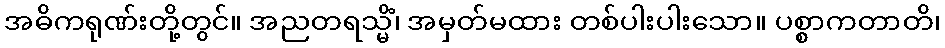
အဓိကရုဏ်းတို့တွင်။ အညတရသ္မိံ၊ အမှတ်မထား တစ်ပါးပါးသော။ ပစ္စာကတာတိ၊